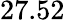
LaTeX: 27.52